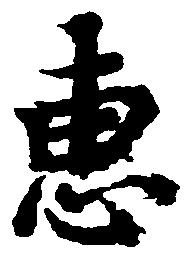
恵